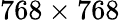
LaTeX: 768\times 768